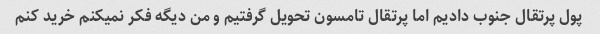
پول پرتقال جنوب دادیم اما پرتقال تامسون تحویل گرفتیم و من دیگه فکر نمیکنم خرید کنم